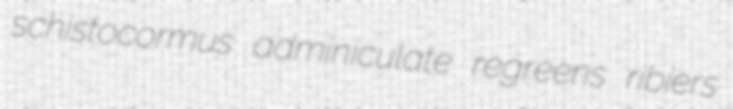
schistocormus adminiculate regreens ribiers